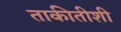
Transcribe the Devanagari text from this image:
ताकीतीशी